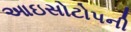
આઇસોટોપની